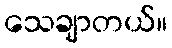
သေချာတယ်။